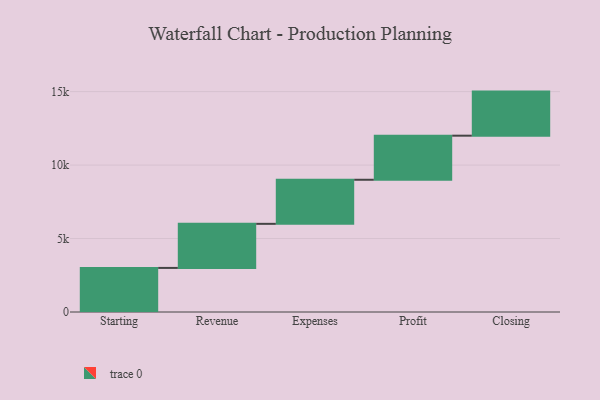
{"axis": {"x": "Step", "y": "Value"}, "legend": [""], "data": [{"x": "Starting", "y": 3000, "type": ""}, {"x": "Revenue", "y": 3000, "type": ""}, {"x": "Expenses", "y": 3000, "type": ""}, {"x": "Profit", "y": 3000, "type": ""}, {"x": "Closing", "y": 3000, "type": ""}]}